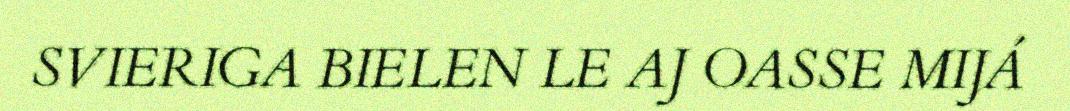
SVIERIGA BIELEN LE AJ OASSE MIJÁ